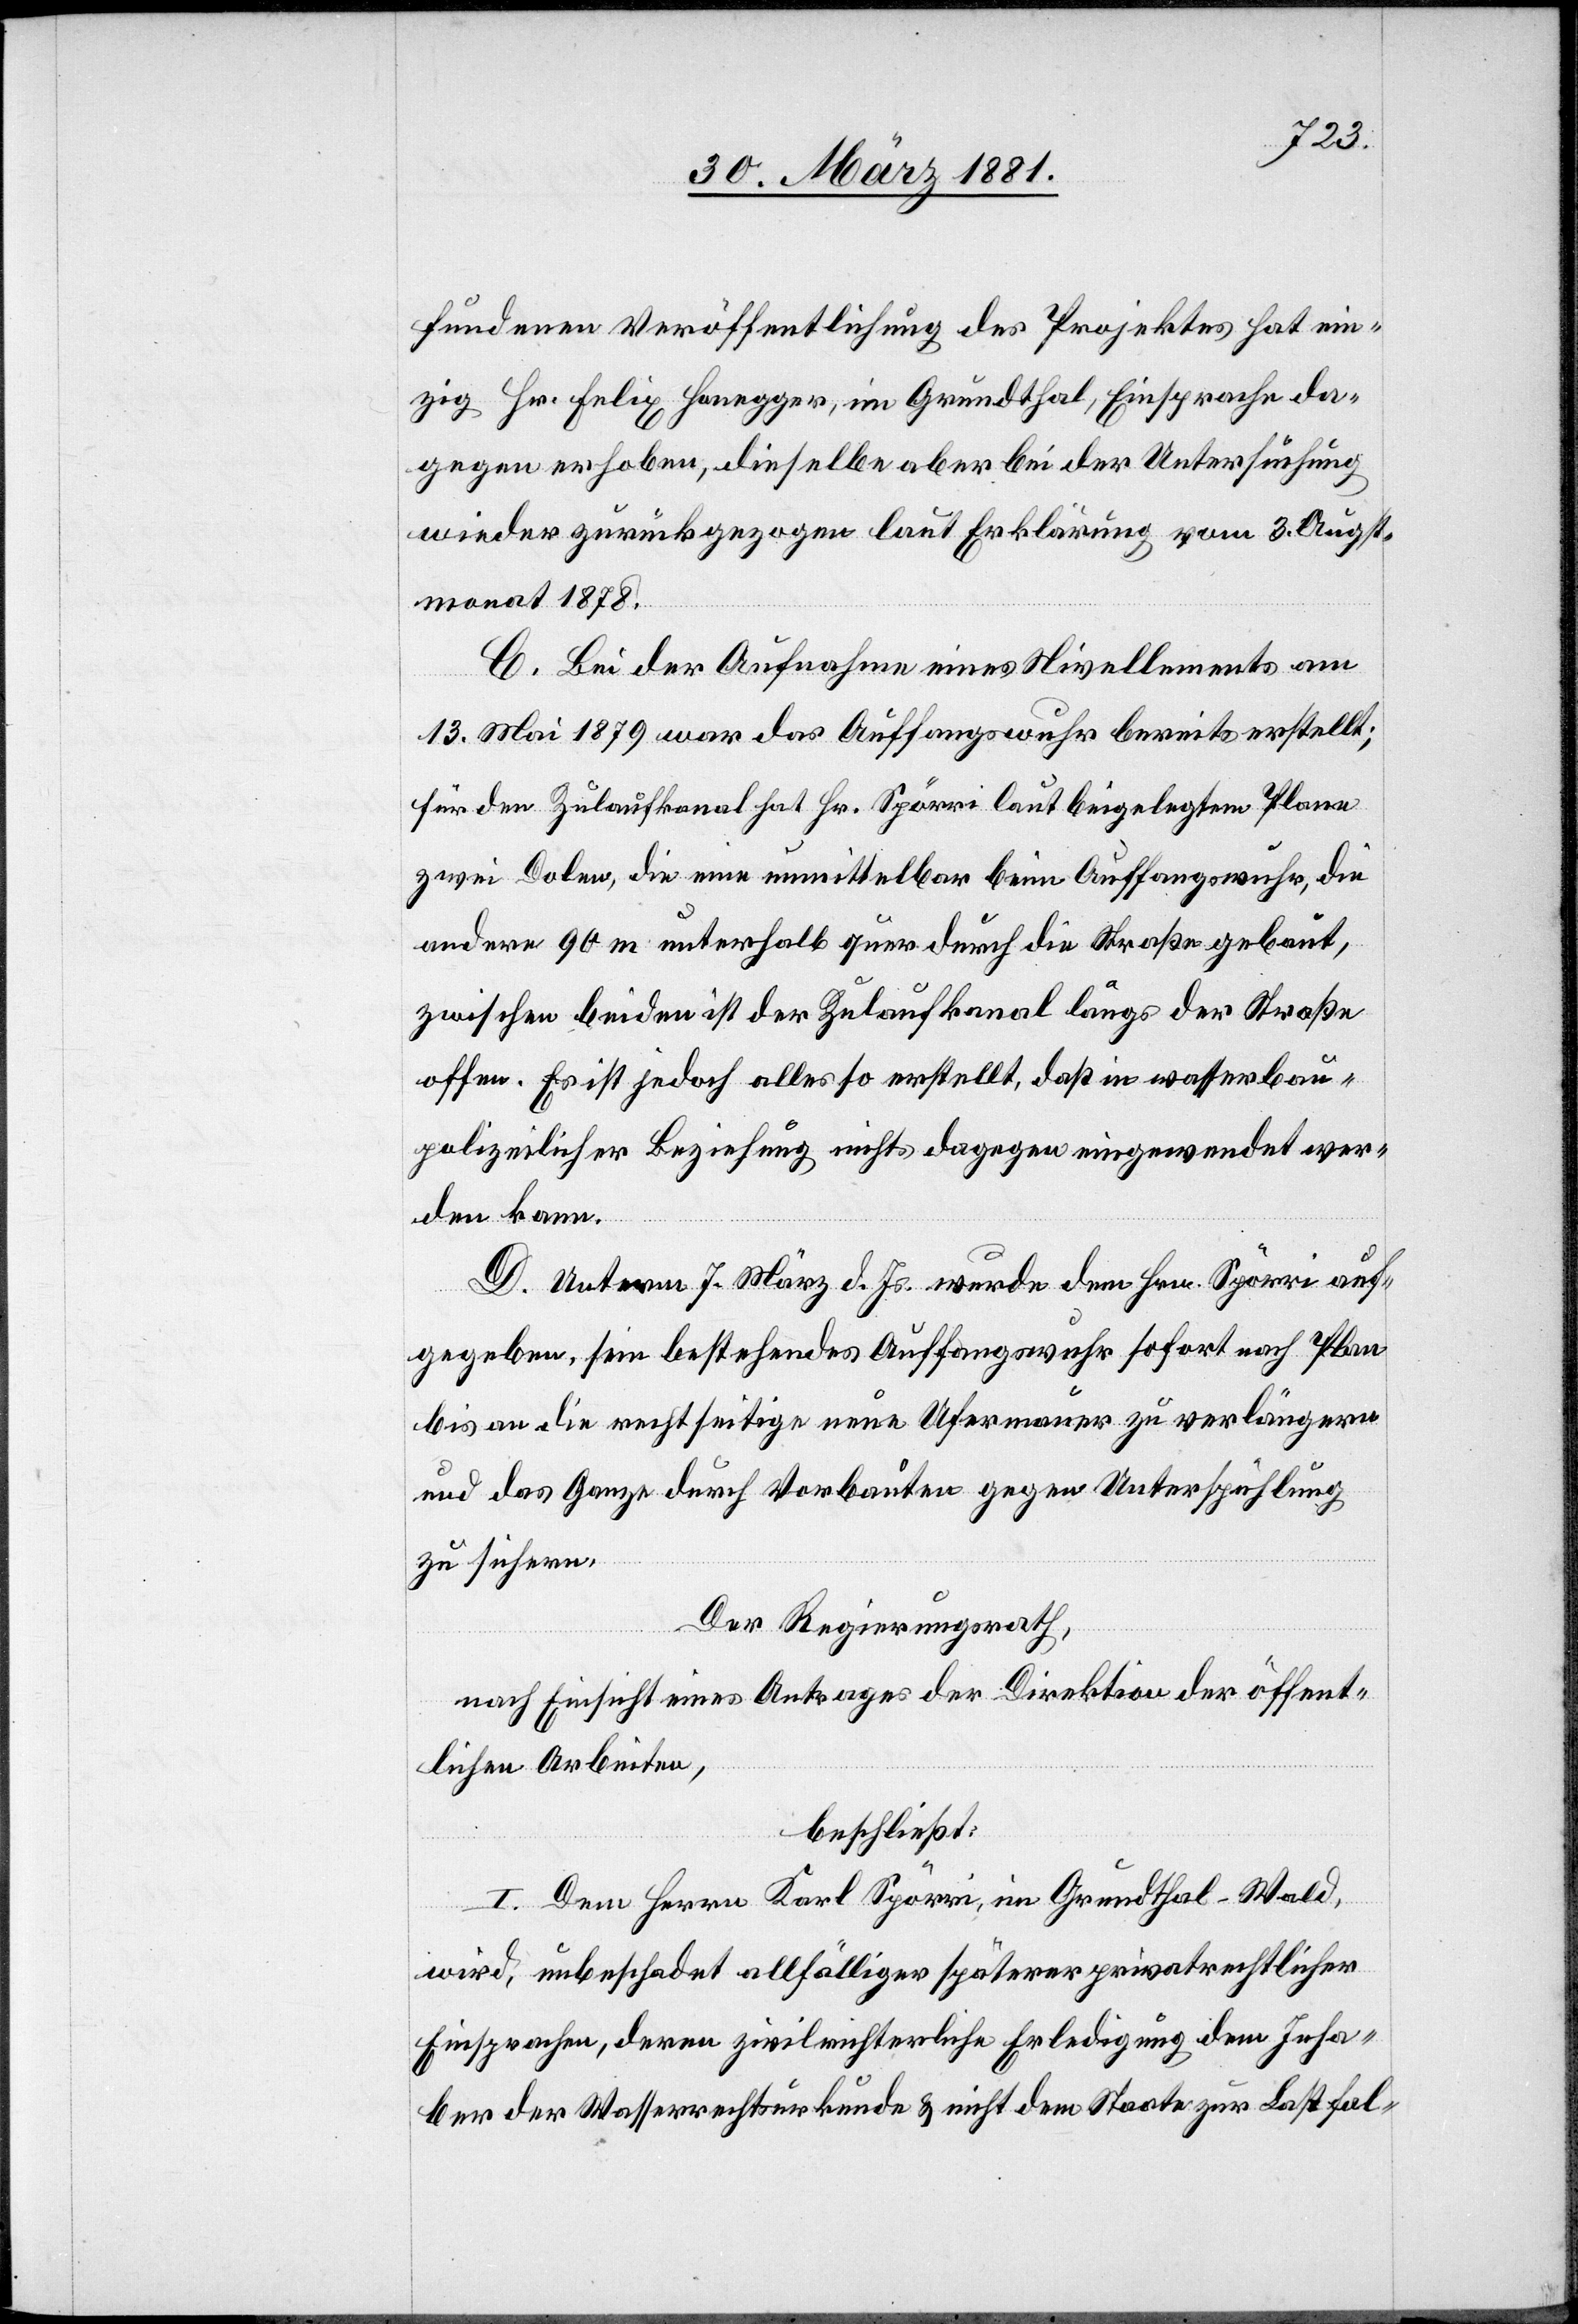
fundenen Veröffentlichung des Projektes hat ein¬
zig Hr. Felix Honegger, im Grundthal, Einsprache da¬
gegen erhoben, dieselbe aber bei der Untersuchung
wieder zurückgezogen laut Erklärung vom 3. Augst¬
monat 1878.
C. Bei der Aufnahme eines Nivellements am
13. Mai 1879 war das Auffangswuhr bereits erstellt;
für den Zulaufkanal hat Hr. Spörri laut beigelegtem Plane
zwei Dolen, die eine unmittelbar beim Auffangswuhr, die
andere 90 m unterhalb quer durch die Straße gebaut,
zwischen beiden ist der Zulaufkanal längs der Straße
offen. Es ist jedoch alles so erstellt, daß in wasserbau¬
polizeilicher Beziehung nichts dagegen eingewendet wer¬
den kann.
D. Unterm 7. März d. Js. wurde dem Hrn. Spörri auf¬
gegeben, sein bestehendes Auffangswuhr sofort nach Plan
bis an die rechtseitige neue Ufermauer zu verlängern
und das Ganze durch Vorbauten gegen Unterspühlung
zu sichern.
Der Regierungsrath,
nach Einsicht eines Antrages der Direktion der öffent¬
lichen Arbeiten,
beschließt:
I. Dem Herrn Karl Spörri, im Grundthal - Wald,
wird, unbeschadet allfälliger späterer privatrechtlicher
Einsprachen, deren zivilrichterliche Erledigung dem Inha¬
ber der Wasserrechtsurkunde & nicht dem Staate zur Last fal-